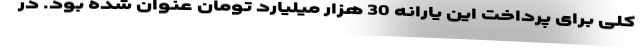
کلی برای پرداخت این یارانه 30 هزار میلیارد تومان عنوان شده بود. در